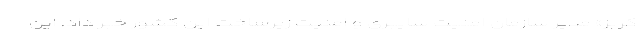
کربز» مدیر سازمان امنیت سایبری و امنیت زیرساخت این کشور خبر داد. این